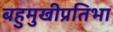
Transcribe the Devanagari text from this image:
बहुमुखीप्रतिभा